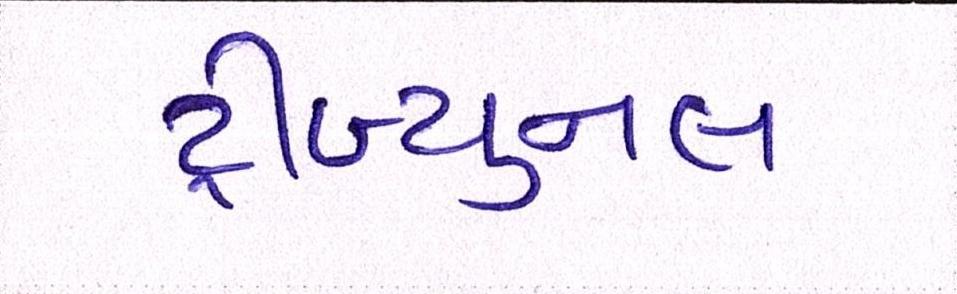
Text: ટ્રીબ્યુનલ